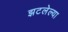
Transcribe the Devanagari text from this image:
झटलेल्या